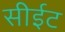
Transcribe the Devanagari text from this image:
सीईट